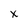
Character: x